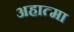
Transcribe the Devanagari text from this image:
अहात्मा